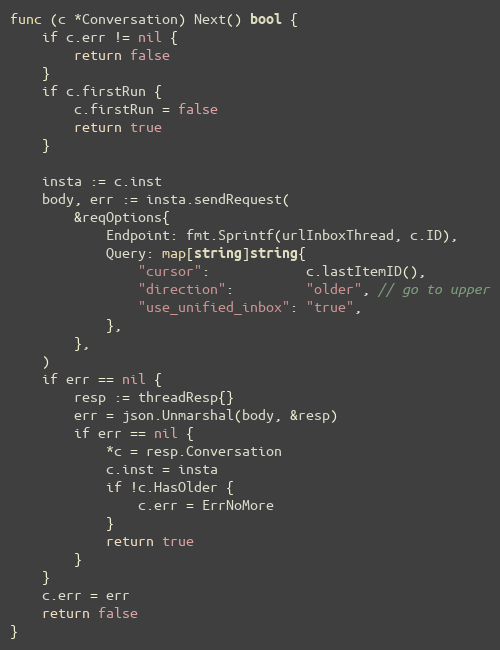
Language: Go
func (c *Conversation) Next() bool {
	if c.err != nil {
		return false
	}
	if c.firstRun {
		c.firstRun = false
		return true
	}

	insta := c.inst
	body, err := insta.sendRequest(
		&reqOptions{
			Endpoint: fmt.Sprintf(urlInboxThread, c.ID),
			Query: map[string]string{
				"cursor":            c.lastItemID(),
				"direction":         "older", // go to upper
				"use_unified_inbox": "true",
			},
		},
	)
	if err == nil {
		resp := threadResp{}
		err = json.Unmarshal(body, &resp)
		if err == nil {
			*c = resp.Conversation
			c.inst = insta
			if !c.HasOlder {
				c.err = ErrNoMore
			}
			return true
		}
	}
	c.err = err
	return false
}